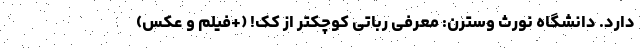
دارد. دانشگاه نورث وسترن: معرفی رباتی کوچکتر از کَک! (+فیلم و عکس)